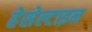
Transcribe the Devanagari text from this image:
हेसेल्टाइन